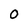
Character: 0